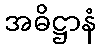
အဓိဋ္ဌာနံ